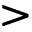
>